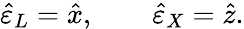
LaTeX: \hat{\varepsilon}_{L}=\hat{x},\qquad\hat{\varepsilon}_{X}=\hat{z}.